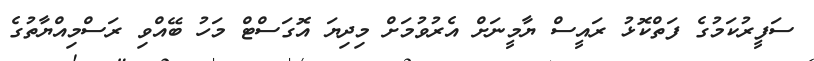
ސަފީރުކަމުގެ ފަތްކޮޅު ރައީސް ޔާމީނަށް އެރުވުމަށް މިދިޔަ އޮގަސްޓް މަހު ބޭއްވި ރަސްމިއްޔާތުގެ